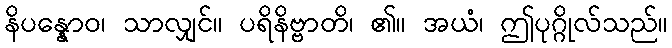
နိပန္နောဝ၊ သာလျှင်။ ပရိနိဗ္ဗာတိ၊ ၏။ အယံ၊ ဤပုဂ္ဂိုလ်သည်။